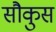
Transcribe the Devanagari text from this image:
सौकुस